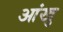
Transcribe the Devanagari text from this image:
आंखु